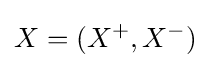
X=(X^{+},X^{-})